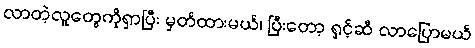
လာတဲ့လူတွေကိုရှာပြီး မှတ်ထားမယ်၊ ပြီးတော့ ရှင့်ဆီ လာပြောမယ်